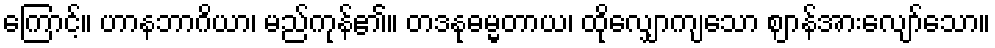
ကြောင့်။ ဟာနဘာဂိယာ၊ မည်ကုန်၏။ တဒနုဓမ္မတာယ၊ ထိုလျှောကျသော ဈာန်အားလျော်သော။